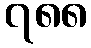
၇၈၈